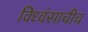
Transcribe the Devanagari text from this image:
विध्वंसाचीच